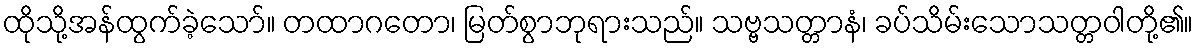
ထိုသို့အန်ထွက်ခဲ့သော်။ တထာဂတော၊ မြတ်စွာဘုရားသည်။ သဗ္ဗသတ္တာနံ၊ ခပ်သိမ်းသောသတ္တဝါတို့၏။